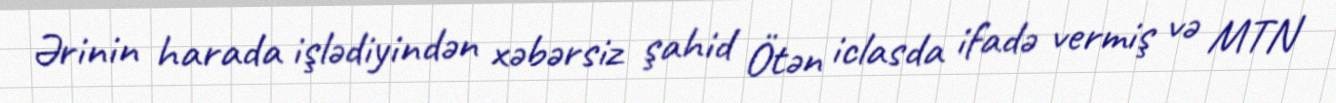
Ərinin harada işlədiyindən xəbərsiz şahid Ötən iclasda ifadə vermiş və MTN